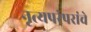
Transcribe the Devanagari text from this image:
नृत्यपरंपरांचे